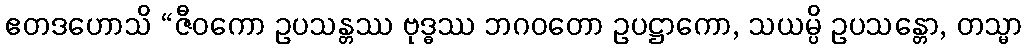
ဧတဒဟောသိ “ဇီဝကော ဥပသန္တဿ ဗုဒ္ဓဿ ဘဂဝတော ဥပဋ္ဌာကော, သယမ္ပိ ဥပသန္တော, တသ္မာ